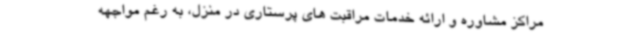
مراکز مشاوره و ارائه خدمات مراقبت های پرستاری در منزل، به رغم مواجهه